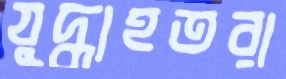
যুদ্ধাহতরা